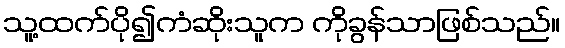
သူ့ထက်ပို၍ကံဆိုးသူက ကိုခွန်သာဖြစ်သည်။